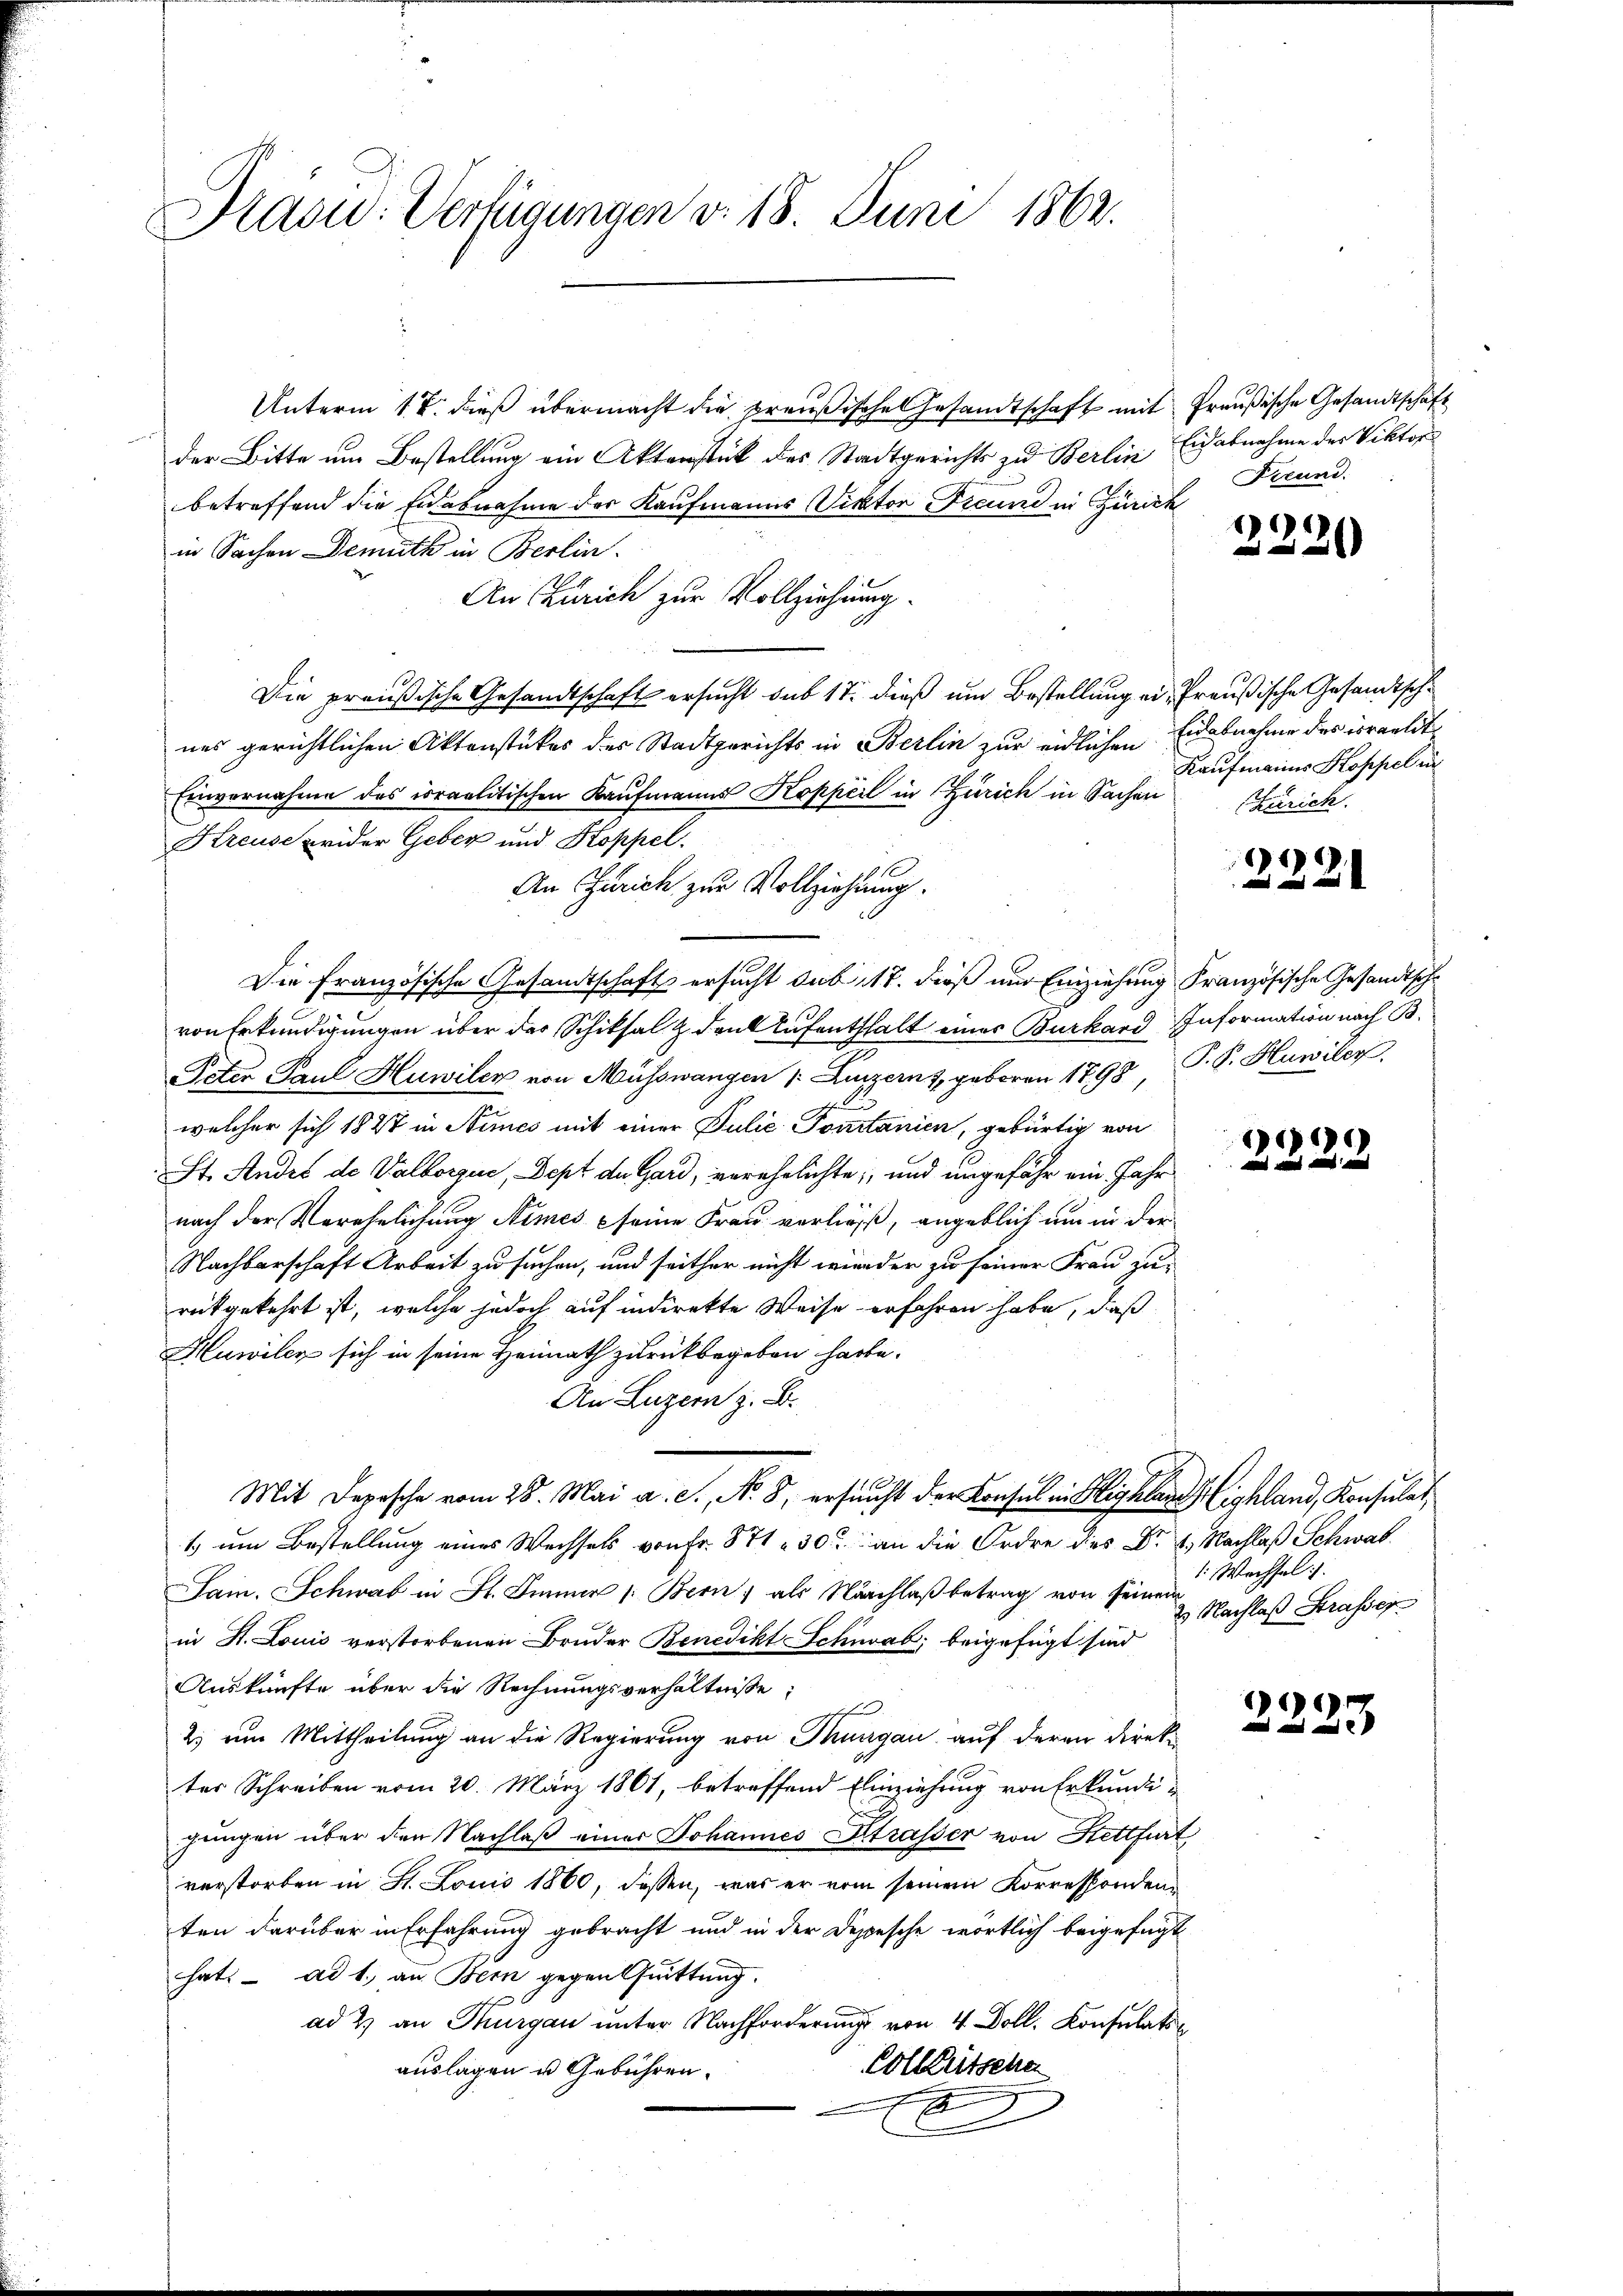
Prasw. Verfügungen d. 18. Juni 1862.

Unterm 18. dieß übermacht die preußische Gesandtschaft mit Preußische Gesandtschaft
der Bitte um Bestellung ein Akterstück des Stadtgerichts zu Berlin
betreffend die Eidesnahme der Kaufmanns Viktor Freund in Zürich
in Sachen Demuth in Berlin
An Zürich zur Vollziehung.
.
Die preußische Gesandtschaft ersucht sub 17. dieß um Bestellung ein Preußische Gesandtschnes gerichtlichen Aktenstückes des Stadtgerichts in Berlin zur eidlichen Eidabnahme des israelit¬
Einvernahme des israelitischen Kaufmanns Koppeil in Zürich in Sachen
Kreuse wider Geber und Stoppel.
Die Französische Gesamtschaft ersucht sub. 17. dieß und Einziehung Französische Gesandtsche
von Erkundigungen über der Schiksalz denk Aufenthalt eines Burkard Information nach B.
Peter Paul Huwilen von Müsswangen v. Luzern, geboren 1798, P. P. Huwiler
welcher sich 1847 in Nimes mit einer Julie Portanien, gebürtig von
St. Andel de Valborque, Dept de Gard, verehelichte, und ungefähr ein Jahr
nach der Verehelichung Nimes seine Frau verließ, angeblich um in der
Nachbarschaft Arbeit zu suchen, und seither nicht wieder zu seiner Frau zu-
rükgekehrt ist, welche jedoch auf indirekte Weise erfahren habe, daß
Huwiler sich in seine Heimath zurückbegeben hatte.
An Luzern z. B.
Mit Depesche vom 28. Mai a. c., N. 8, ersucht der Konsul in Highlan Highland, Konsulat,
1 um Bestellung eines Wechsels von Fr. 571 n 30 an die Ordre des Fr. 2. Nachlaß Schwab
Sain. Schwab in St. Immer 1. Bern, als Nachlaβ betrag von seiner Nachlaß Strasser
in St. Louis verstorbenen Bruder Benedikt Schwab; beigefügt sind
Auskünfte über die Rechnungsverhältnisse:
2) um Mittheilung an die Regierung von Thurgau auf deren Direkter Schreiben vom 20. März 1861, betreffend Einziehung von Erkundi¬
u
gungen über den Nachlaß einer Johannes Strasser von Stettfurt
verstorben in St. Louis 1860, dassen, was er vom seinem Korresponden
ten darüber in Erfahrung gebracht und in der Depesche wörtlich beigefügt
hat:  ad 1., an Bern gegen huittung.
ad 2. an Thurgau unter Nachforderung von 4 Doll. Konsulatin
Colletsche
auslagen u. Gebühren.
2
2

An Zürich zur Vollziehung.

Eidabnahme des Viktor
Freund.

1
2

Kaufmanns Koppel in
(Zürich.

2221

)

1. Wechsel.

2223